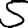
Digit: 5